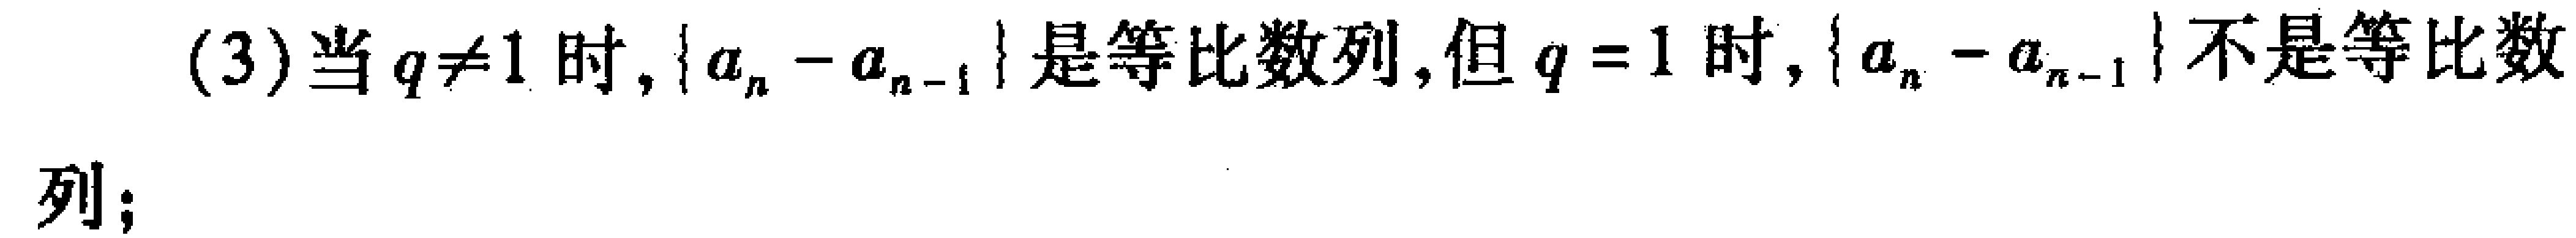
(3)当$q\neq1$时, $\{a_{n}-a_{n - 1}\}$是等比数列, 但$q = 1$时, $\{a_{n}-a_{n - 1}\}$不是等比数列;